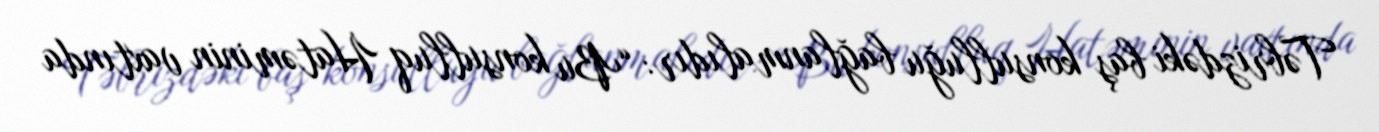
Təbrizdəki baş konsulluğu bağlanmalıdır: “Bu konsulluq Hatəminin vaxtında